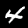
Label: 4